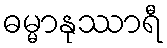
ဓမ္မာနုဿာရီ